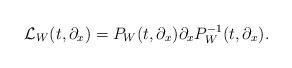
LaTeX: \begin{align*}{\cal L}_W(t,\partial_x)=P_W(t,\partial_x)\partial_xP_W^{-1}(t,\partial_x).\end{align*}